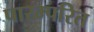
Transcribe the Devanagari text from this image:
पारम्परित